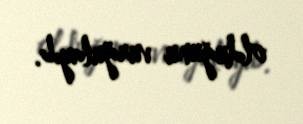
olduğunu vurğulayıb.